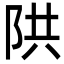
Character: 䧆